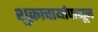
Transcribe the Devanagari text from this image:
शुक्राचार्यापासून